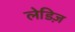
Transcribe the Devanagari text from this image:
लेडिज़